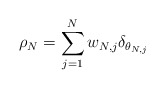
\begin{align*}\rho_N = \sum_{j=1}^{N} w_{N,j} \delta_{\theta_{N,j}}\end{align*}